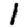
Digit: 1